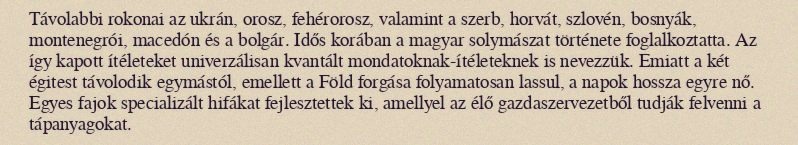
Távolabbi rokonai az ukrán, orosz, fehérorosz, valamint a szerb, horvát, szlovén, bosnyák, montenegrói, macedón és a bolgár. Idős korában a magyar solymászat története foglalkoztatta. Az így kapott ítéleteket univerzálisan kvantált mondatoknak-ítéleteknek is nevezzük. Emiatt a két égitest távolodik egymástól, emellett a Föld forgása folyamatosan lassul, a napok hossza egyre nő. Egyes fajok specializált hifákat fejlesztettek ki, amellyel az élő gazdaszervezetből tudják felvenni a tápanyagokat.